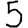
Digit: 5